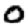
Digit: 0